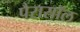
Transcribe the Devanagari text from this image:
पैरासॉल